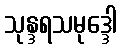
သုန္ဒရသမုဒ္ဒေါ